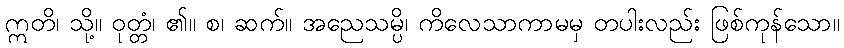
ဣတိ၊ သို့။ ဝုတ္တံ၊ ၏။ စ၊ ဆက်။ အညေသမ္ပိ၊ ကိလေသာကာမမှ တပါးလည်း ဖြစ်ကုန်သော။